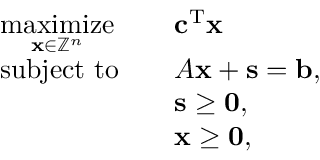
{ \begin{array} { r l r l } & { { \underset { \mathbf { x } \in \mathbb { Z } ^ { n } } { \mathrm { m a x i m i z e } } } } & & { \mathbf { c } ^ { \mathrm { T } } \mathbf { x } } \\ & { { \mathrm { s u b j e c t ~ t o } } } & & { A \mathbf { x } + \mathbf { s } = \mathbf { b } , } \\ & { } & & { \mathbf { s } \geq \mathbf { 0 } , } \\ & { } & & { \mathbf { x } \geq \mathbf { 0 } , } \end{array} }